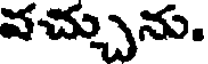
వచ్చును.